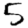
Digit: 5